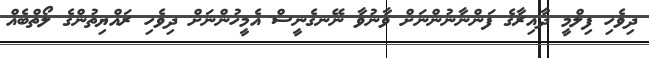
ދިވެހި ފިލްމީ ދާއިރާގެ ފަންނާނުންނަށް ވާނުވާ ނޭނގެނީސް އެމީހުންނަށް ދިވެހި ރައްޔިތުންގެ ލޯތްބެއް